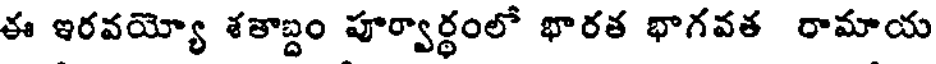
ఈ ఇరవయ్యో శతాబ్దం పూర్వార్థంలో భారత భాగవత రామాయ